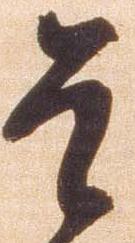
是